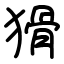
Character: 猾